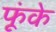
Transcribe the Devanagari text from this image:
फूंके